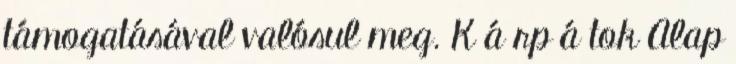
támogatásával valósul meg. K á rp á tok Alap